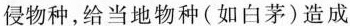
侵物种，给当地物种(如白茅)造成